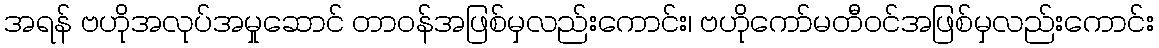
အရန် ဗဟိုအလုပ်အမှုဆောင် တာဝန်အဖြစ်မှလည်းကောင်း၊ ဗဟိုကော်မတီဝင်အဖြစ်မှလည်းကောင်း